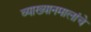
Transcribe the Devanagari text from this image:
व्याख्यानमालांचे